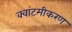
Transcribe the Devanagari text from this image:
क्वांटमीकरण